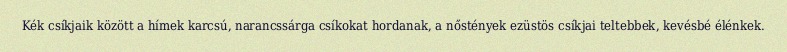
Kék csíkjaik között a hímek karcsú, narancssárga csíkokat hordanak, a nőstények ezüstös csíkjai teltebbek, kevésbé élénkek.